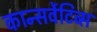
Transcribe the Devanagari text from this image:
कान्सर्वेटिव्स